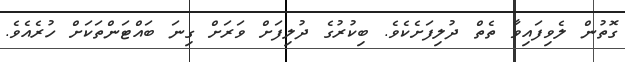
ގޮތުން ލެވިފައިވާ ތެތް ދުލިފަށެކެވެ. ބިކުރުގެ ދުލިފަށް ވަރަށް ގިނަ ބައްޓަންތަކަށް ހުރެއެވެ.